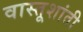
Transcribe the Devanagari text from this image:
वास्तूशांती